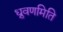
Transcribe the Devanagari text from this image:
ध्रुवणमिति